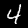
Digit: 4